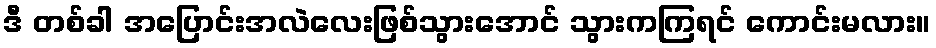
ဒီ တစ်ခါ အပြောင်းအလဲလေးဖြစ်သွားအောင် သွားကကြရင် ကောင်းမလား။